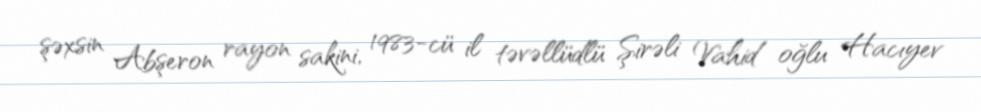
şəxsin Abşeron rayon sakini, 1983-cü il təvəllüdlü Şirəli Vahid oğlu Hacıyev